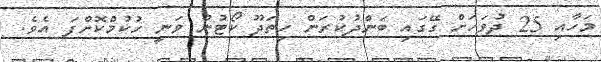
މަހާއި 25 ދުވަހަށް ގޭގައި ބަންދުކުރަން ހިތަދޫ ކޯޓުން ވަނީ ހުކުމްކޮށްފަ އެވެ.